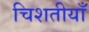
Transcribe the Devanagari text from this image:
चिशतीयाँ